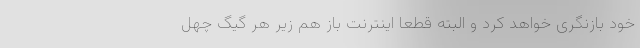
خود بازنگری خواهد کرد و البته قطعاً اینترنت باز هم زیر هر گیگ چهل